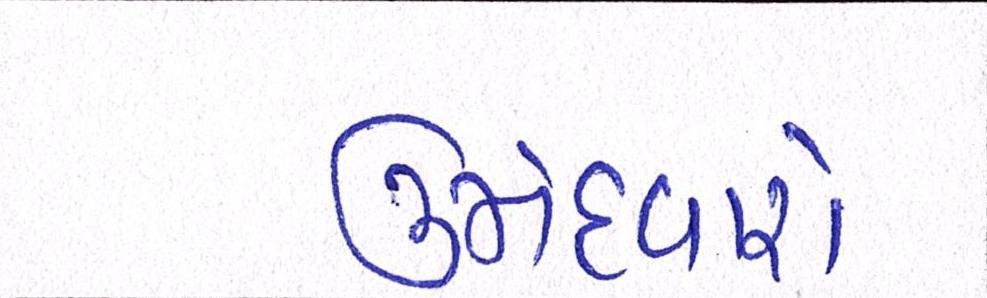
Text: ઉમેદવારો